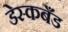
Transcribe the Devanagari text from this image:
डेस्कबँड